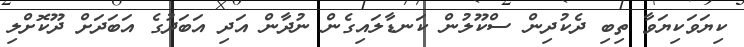
ކިޔަވަކިޔަވާ ތިބި ދެކުދިން ސްކޫލުން ކަނޑާލައިގެން ނުދާން އަދި އަބަދުގެ އަބަދަށް ދޫކޮށްލި